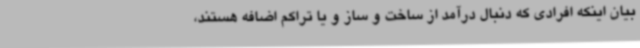
بیان اینکه افرادی که دنبال درآمد از ساخت و ساز و یا تراکم اضافه هستند،